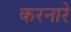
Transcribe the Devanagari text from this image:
करनारे